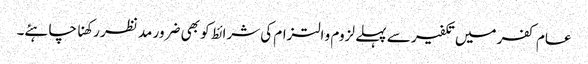
عام کفر میں تکفیر سے پہلے لزوم و التزام کی شرائط کو بھی ضرور مد نظر رکھنا چاہئے۔